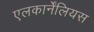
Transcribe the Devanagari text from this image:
एलकार्नेंलियस